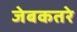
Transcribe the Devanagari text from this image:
जेबकतरे